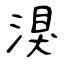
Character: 湨